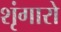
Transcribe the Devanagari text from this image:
शृंगारो